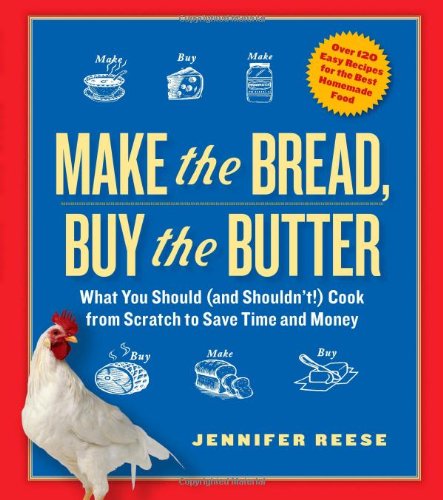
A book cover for Make the Bread, Buy the Butter: What You Should and Shouldn't Cook from Scratch--Over 120 Recipes for the Best Homemade Foods; Jennifer Reese; Biographies & Memoirs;